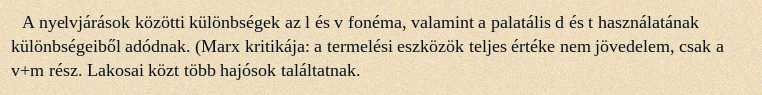
A nyelvjárások közötti különbségek az l és v fonéma, valamint a palatális d és t használatának különbségeiből adódnak. (Marx kritikája: a termelési eszközök teljes értéke nem jövedelem, csak a v+m rész. Lakosai közt több hajósok találtatnak.